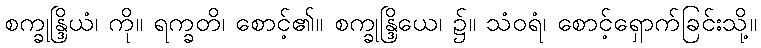
စက္ခုန္ဒြိယံ၊ ကို။ ရက္ခတိ၊ စောင့်၏။ စက္ခုန္ဒြိယေ၊ ၌။ သံဝရံ၊ စောင့်ရှောက်ခြင်းသို့။